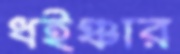
ধইঞ্চার